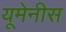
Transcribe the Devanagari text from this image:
यूमेनीस